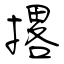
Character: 撂